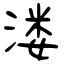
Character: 溇